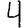
Digit: 4